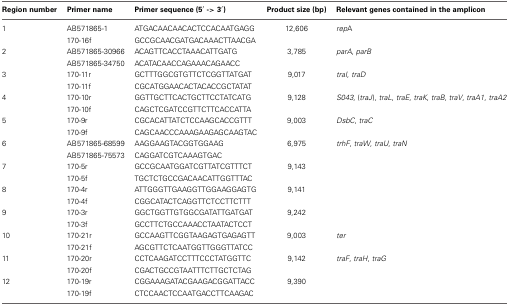
<table><thead><tr><td><b>Region number</b></td><td><b>Primer name</b></td><td><b>Primer sequence (5′ -&gt; 3′)</b></td><td><b>Product size (bp)</b></td><td><b>Relevant genes contained in the amplicon</b></td></tr></thead><tbody><tr><td>1</td><td>AB571865-1</td><td>ATGACAACAACACTCCACAATGAGG</td><td>12,606</td><td><i>rep</i>A</td></tr><tr><td></td><td>170-16f</td><td>GCCGCAACGATGACAAACTTAACGA</td><td></td><td></td></tr><tr><td>2</td><td>AB571865-30966</td><td>ACAGTTCACCTAAACATTGATG</td><td>3,785</td><td><i>parA, parB</i></td></tr><tr><td></td><td>AB571865-34750</td><td>ACATACAACCAGAAACAGAACC</td><td></td><td></td></tr><tr><td>3</td><td>170-11r</td><td>GCTTTGGCGTGTTCTCGGTTATGAT</td><td>9,017</td><td><i>traI, traD</i></td></tr><tr><td></td><td>170-11f</td><td>CGCATGGAACACTACACCGCTATAT</td><td></td><td></td></tr><tr><td>4</td><td>170-10r</td><td>GGTTGCTTCACTGCTTCCTATCATG</td><td>9,128</td><td><i>S043</i>, (<i>traJ</i>), <i>traL, traE, traK, traB, traV, traA1, traA2</i></td></tr><tr><td></td><td>170-10f</td><td>CAGCTCGATCCGTTCTTCACCATTA</td><td></td><td></td></tr><tr><td>5</td><td>170-9r</td><td>CGCACATTATCTCCAAGCACCGTTT</td><td>9,003</td><td><i>DsbC, traC</i></td></tr><tr><td></td><td>170-9f</td><td>CAGCAACCCAAAGAAGAGCAAGTAC</td><td></td><td></td></tr><tr><td>6</td><td>AB571865-68599</td><td>AAGGAAGTACGGTGGAAG</td><td>6,975</td><td><i>trhF, traW, traU, traN</i></td></tr><tr><td></td><td>AB571865-75573</td><td>CAGGATCGTCAAAGTGAC</td><td></td><td></td></tr><tr><td>7</td><td>170-5r</td><td>GCCGCAATGGATCGTTATCGTTTCT</td><td>9,143</td><td></td></tr><tr><td></td><td>170-5f</td><td>TGCTCTGCCGACAACATTGGTTTAC</td><td></td><td></td></tr><tr><td>8</td><td>170-4r</td><td>ATTGGGTTGAAGGTTGGAAGGAGTG</td><td>9,141</td><td></td></tr><tr><td></td><td>170-4f</td><td>CGGCATACTCAGGTTCTCCTTCTTT</td><td></td><td></td></tr><tr><td>9</td><td>170-3r</td><td>GGCTGGTTGTGGCGATATTGATGAT</td><td>9,242</td><td></td></tr><tr><td></td><td>170-3f</td><td>GCCTTCTGCCAAACCTAATACTCCT</td><td></td><td></td></tr><tr><td>10</td><td>170-21r</td><td>GCCAAGTTCGGTAAGAGTGAGAGTT</td><td>9,003</td><td><i>ter</i></td></tr><tr><td></td><td>170-21f</td><td>AGCGTTCTCAATGGTTGGGTTATCC</td><td></td><td></td></tr><tr><td>11</td><td>170-20r</td><td>CCTCAAGATCCTTTCCCTATGGTTC</td><td>9,142</td><td><i>traF, traH, traG</i></td></tr><tr><td></td><td>170-20f</td><td>CGACTGCCGTAATTTCTTGCTCTAG</td><td></td><td></td></tr><tr><td>12</td><td>170-19r</td><td>CGGAAAGATACGAAGACGGATTACC</td><td>9,390</td><td></td></tr><tr><td></td><td>170-19f</td><td>CTCCAACTCCAATGACCTTCAAGAC</td><td></td><td></td></tr></tbody></table>